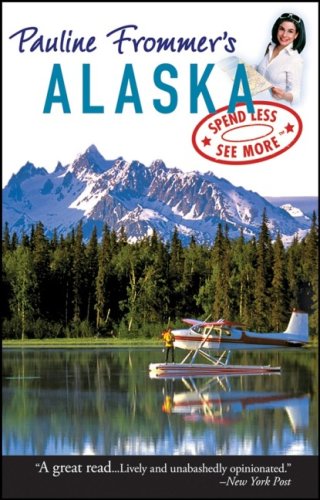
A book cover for Pauline Frommer's Alaska (Pauline Frommer Guides); David Thompson; Travel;